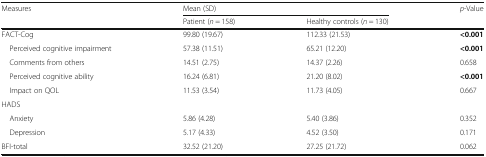
| <ROWSPAN=2> Measures | <COLSPAN=2> Mean (SD) | <ROWSPAN=2> p-Value |
 | Patient (n = 158) | Healthy controls (n = 130) |
 | --- | --- | --- | --- |
 | FACT-Cog | 99.80 (19.67) | 112.33 (21.53) | <0.001 |
 | Perceived cognitive impairment | 57.38 (11.51) | 65.21 (12.20) | <0.001 |
 | Comments from others | 14.51 (2.75) | 14.37 (2.26) | 0.658 |
 | Perceived cognitive ability | 16.24 (6.81) | 21.20 (8.02) | <0.001 |
 | Impact on QOL | 11.53 (3.54) | 11.73 (4.05) | 0.667 |
 | <COLSPAN=4> HADS |
 | Anxiety | 5.86 (4.28) | 5.40 (3.86) | 0.352 |
 | Depression | 5.17 (4.33) | 4.52 (3.50) | 0.171 |
 | BFI-total | 32.52 (21.20) | 27.25 (21.72) | 0.062 |